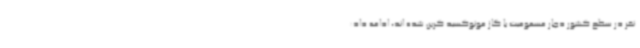
نفر در سطح کشور دچار مسمومیت با گاز مونوکسید کربن شده اند، ادامه داد: